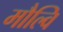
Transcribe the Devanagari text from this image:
मौल्वि